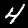
Digit: 4